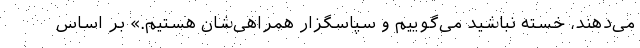
می‌دهند، خسته نباشید می‌گوییم و سپاسگزار همراهی‌شان هستیم.» بر اساس